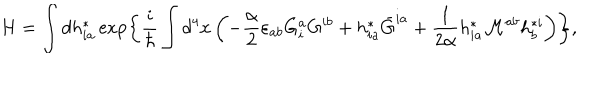
H = \int d h _ { i a } ^ { * } \exp \left\{ \frac { i } { \hbar } \int d ^ { 4 } x \left( - \frac { \alpha } { 2 } \varepsilon _ { a b } G _ { i } ^ { a } G ^ { i b } + h _ { i a } ^ { * } \bar { G } ^ { i a } + \frac { 1 } { 2 \alpha } h _ { i a } ^ { * } { \cal M } ^ { a b } h _ { b } ^ { * i } \right) \right\} ,